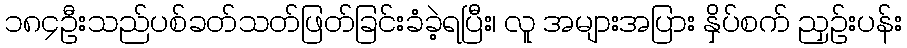
၁၈၄ဦးသည်ပစ်ခတ်သတ်ဖြတ်ခြင်းခံခဲ့ရပြီး၊ လူ အများအပြား နှိပ်စက် ညှဉ်းပန်း